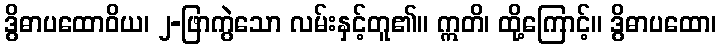
ဒွိဓာပထောဝိယ၊ ၂-ဖြာကွဲသော လမ်းနှင့်တူ၏။ ဣတိ၊ ထို့ကြောင့်။ ဒွိဓာပထော၊